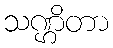
သဏ္ဌိတာ